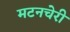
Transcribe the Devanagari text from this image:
मटनचेरी